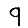
Digit: 9